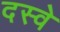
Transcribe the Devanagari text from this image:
दस्वे